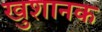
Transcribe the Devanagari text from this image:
खुशानक